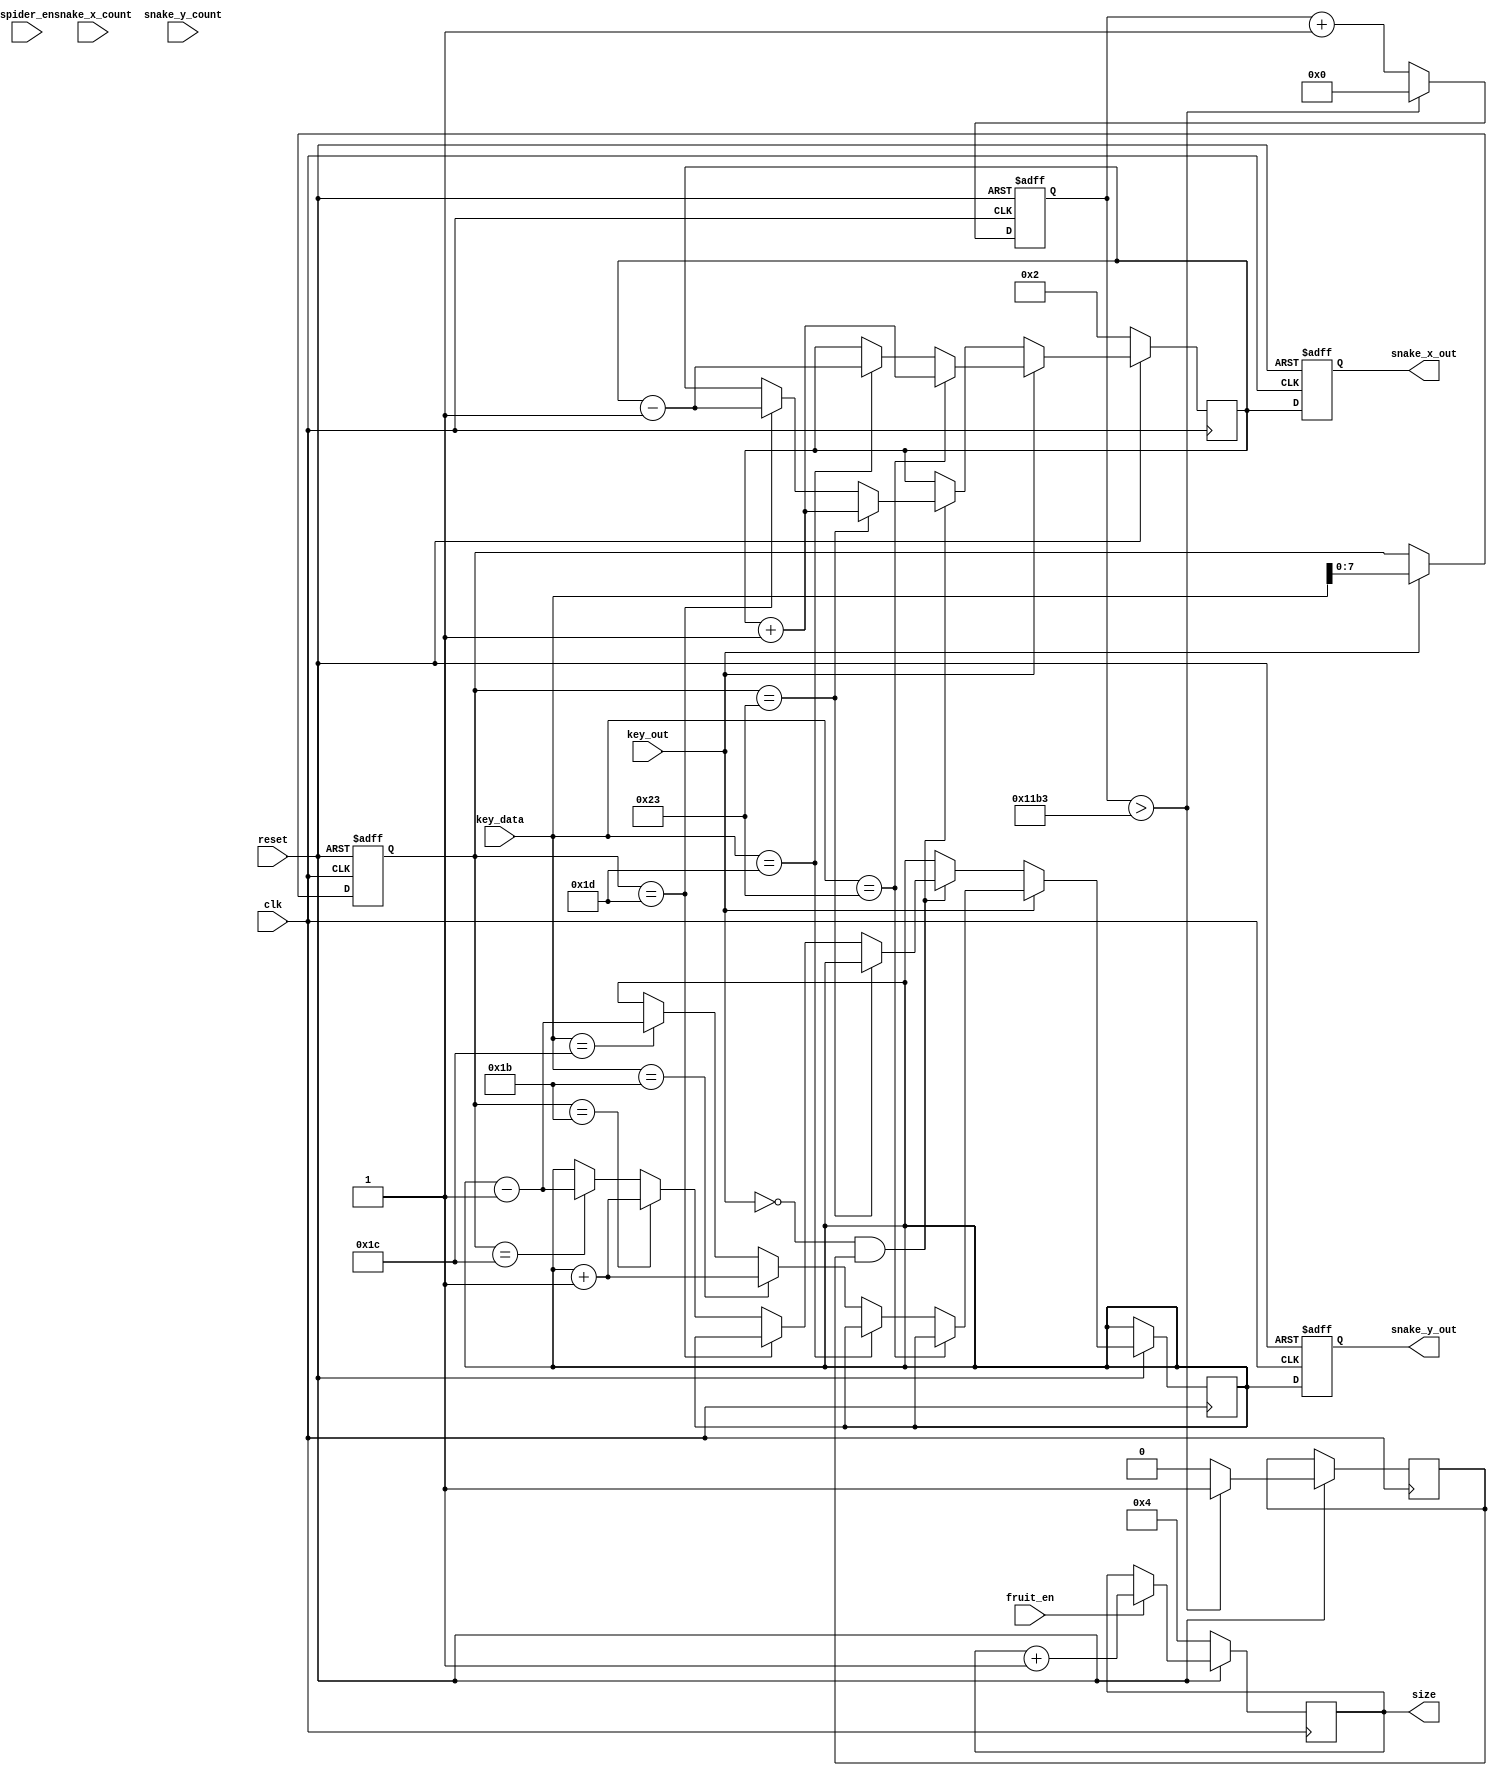
module snake_datapath(clk, reset, key_out, key_data, snake_x_count, snake_y_count, snake_x_out, snake_y_out, fruit_en, spider_en, size);
	//clk_9kHz
	input clk, reset, key_out, fruit_en, spider_en;
	input [15:0] key_data;
	input [11:0] snake_x_count, snake_y_count;
	output [11:0] snake_x_out, snake_y_out;
	output [3:0] size;

	wire clk, reset, key_out, eat;
	//wire [7:0] key_data;
	wire [11:0] snake_x_count, snake_y_count;
	//wire [7:0] key_data;
	reg [11:0] snake_head_x, snake_head_y;
	reg [11:0] x1, x2, x3, x4, x5, x6, x7, x8, x9, x10, x11, x12, x13, x14;
	reg [11:0] y1, y2, y3, y4, y5, y6, y7, y8, y9, y10, y11, y12, y13, y14;
	//reg [11:0] snake_x_out, snake_y_out;
	reg [3:0] size;
	reg [11:0] snake_x_out, snake_y_out;
	
	reg speed;
	reg [12:0] speed_count;
	reg [7:0] pre_data;
	
	parameter left = 8'h1D;
	parameter up = 8'h1B;
	parameter right = 8'h23;
	parameter down = 8'h1C;
	//parameter esc = 8'h76;
	//parameter enter = 8'h5A;
	 
	//add food datapath function for eat
	always@(negedge clk) 
	begin
		if (reset == 1'b0)
		begin
			size <= 4'd4;
		end 
		else 
		begin 
		//eat enable
			if (fruit_en == 1'b1)
				size <= size + 4'd1;
			else
				size <= size;
		end
	end
	
		//collides with spider
	/*always@(posedge clk)
	begin
		if (reset == 1'b0)
		begin
			snake_x_out <= 12'd2;
			snake_y_out <= 12'd238;
		end
		else 
		begin
			if (spider_en == 1'b1)
			begin
				snake_x_out <= 12'd500;
				snake_y_out <= 12'd500;
			end
		end
	end*/

	always@(posedge clk) 
	begin
		if (reset == 1'b0) 
			snake_head_y <= 12'd150;
		else if (snake_y_count - y1 >= 12'd0 && snake_y_count - y1 <= 12'd200)
			snake_head_y <= snake_y_count - y1;
		else
			snake_head_y <= 12'd150;
	end
	
	always@(posedge clk) 
	begin
		if (reset == 1'b0) 
			snake_head_x <= 12'd2;
		else if (snake_x_count - x1 >= 12'd0 && snake_x_count - x1 <= 12'd200)
			snake_head_x <= snake_x_count - x1;
		else
			snake_head_x <= 12'd2;
	end
	
	//initialize reg [6:0] x1, x2, x3, x4, x5, x6, x7;
	//initialize reg [6:0] y1, y2, y3, y4, y5, y6, y7;

	initial
	begin
	//initial position
		x1 <= 12'd2;
		y1 <= 12'd150;
		x2 <= 12'd3;
		y2 <= 12'd150;
		x3 <= 12'd4;
		y3 <= 12'd150;
		x4 <= 12'd5;
		y4 <= 12'd150;
		x5 <= 12'd500;
		y5 <= 12'd500;
		x6 <= 12'd500;
		y6 <= 12'd500;
		x7 <= 12'd500;
		y7 <= 12'd500;
		x8 <= 12'd500;
		y8 <= 12'd500;
		x9 <= 12'd500;
		y9 <= 12'd500;
		x10 <= 12'd500;
		y10 <= 12'd500;
		x11 <= 12'd500;
		y11 <= 12'd500;
		x12 <= 12'd500;
		y12 <= 12'd500;
		x13 <= 12'd500;
		y13 <= 12'd500;
		x14 <= 12'd500;
		y14 <= 12'd500;
	end
	
	always@(posedge clk or negedge reset) //9khzclk_9kHz
	begin
		if (reset == 1'b0)
			speed_count <= 13'd0;
		else 
		begin
			if (speed_count > 13'd4531)
			begin
				speed_count <= 13'd0;
				speed <= 1'b1;
			end
			else 
			begin
				speed_count <= speed_count + 13'd1;
				speed <= 1'b0;
			end
		end
	end
	
	always@(posedge clk or negedge reset)
	begin
		if (reset == 1'b0)
			pre_data <= right;
		else 
		begin
			if (key_out == 1'b1)
				pre_data <= key_data;
			else
				pre_data <= pre_data;
		end
	end 
	
	always@(posedge clk)//9kHz
	begin 
		if(reset == 1'b0)
		begin
			x1 <= 12'd2;
		end 
		else 
		begin
			if (key_out == 1'b1)
			begin
				if (key_data == right)
					x1 <= x1 + 12'd1;
				else if (key_data == left)
					x1 <= x1 - 12'd1;
				else if (key_data == up)
					y1 <= y1 + 12'd1;
				else if (key_data == down)
					y1 <= y1 - 12'd1;
			end
			
			else if (key_out == 1'b0 && speed == 1'b1)
			begin
				if (pre_data == right)
					x1 <= x1 + 12'd1;
				else if (pre_data == left)
					x1 <= x1 - 12'd1;
				else if (pre_data == up)
					y1 <= y1 + 12'd1;
				else if (pre_data == down)
					y1 <= y1 - 12'd1;
			end
		end
	end
	
	//12'd500 signals game over --> add to the fsm
	always@(posedge clk or negedge reset)
	begin
		if (reset == 1'b0)
		begin 
			snake_x_out <= 12'd2;
			snake_y_out <= 12'd150;
		end
		//hits wall
		//x = 0 or x = 319
		//y = 0 or y = 239
		/*else if ((snake_x_out <= 12'd0 && snake_y_out <= 12'd0) || (snake_x_out <= 12'd0 && snake_y_out >= 12'd239) || 
			(snake_x_out >= 12'd319 && snake_y_out >= 12'd0) || (snake_x_out >= 12'd319 && snake_y_out >= 12'd239))
		begin
			snake_x_out <= 12'd500;
			snake_y_out <= 12'd500;
			//lose game
		//snake head collides with body
		end 
		//collides with spider
		else if (spider_en == 1'b1)
			begin
				snake_x_out <= 12'd500;
				snake_y_out <= 12'd500;
				//reset == 1'b0;
			end
		else if ((x1 == x2 && y1 == y2) || (x1 == x3 && y1 == y3) || (x1 == x4 && y1 == y4) || (x1 == x5 && y1 == y5) || (x1 == x6 && y1 == y6) || 
			(x1 == x7) && (y1 == y7) || (x1 == x8) && (y1 == y8) || (x1 == x9) && (y1 == y9) || (x1 == x10) && (y1 == y10) || (x1 == x11) && (y1 == y11) || 
			(x1 == x12) && (y1 == y12) || (x1 == x13) && (y1 == y13) || (x1 == x14) && (y1 == y14))
		begin
			snake_x_out <= 12'd500;
			snake_y_out <= 12'd500;
			//lose game
		end*/
		else 
		begin
			snake_x_out <= x1;
			snake_y_out <= y1;
		end
	end
	
	always@(posedge clk)
	begin
		if(x1 != snake_x_out || y1 != snake_y_out)
		begin
			if (size >= 4'd14)
			begin
				x14 <= x13;
				y14 <= y13;
				x13 <= x12;
				y13 <= y12;
				x12 <= x11;
				y12 <= y11;
				x11 <= x10;
				y11 <= y10;
				x10 <= x9;
				y10 <= y9;
				x9 <= x8;
				y9 <= y8;
				x8 <= x7;
				y8 <= y7;
				x7 <= x6;
				y7 <= y6;
				x6 <= x5;
				y6 <= y5;
			end
			else if (size >= 4'd13)
			begin
				x13 <= x12;
				y13 <= y12;
				x12 <= x11;
				y12 <= y11;
				x11 <= x10;
				y11 <= y10;
				x10 <= x9;
				y10 <= y9;
				x9 <= x8;
				y9 <= y8;
				x8 <= x7;
				y8 <= y7;
				x7 <= x6;
				y7 <= y6;
				x6 <= x5;
				y6 <= y5;
			end
			else if (size >= 4'd12)
			begin
				x12 <= x11;
				y12 <= y11;
				x11 <= x10;
				y11 <= y10;
				x10 <= x9;
				y10 <= y9;
				x9 <= x8;
				y9 <= y8;
				x8 <= x7;
				y8 <= y7;
				x7 <= x6;
				y7 <= y6;
				x6 <= x5;
				y6 <= y5;
			end
			else if (size >= 4'd11)
			begin
				x11 <= x10;
				y11 <= y10;
				x10 <= x9;
				y10 <= y9;
				x9 <= x8;
				y9 <= y8;
				x8 <= x7;
				y8 <= y7;
				x7 <= x6;
				y7 <= y6;
				x6 <= x5;
				y6 <= y5;
			end
			else if (size >= 4'd10)
			begin
				x10 <= x9;
				y10 <= y9;
				x9 <= x8;
				y9 <= y8;
				x8 <= x7;
				y8 <= y7;
				x7 <= x6;
				y7 <= y6;
				x6 <= x5;
				y6 <= y5;
			end
			else if (size >= 4'd9)
			begin
				x9 <= x8;
				y9 <= y8;
				x8 <= x7;
				y8 <= y7;
				x7 <= x6;
				y7 <= y6;
				x6 <= x5;
				y6 <= y5;
			end
			else if (size >= 4'd8)
			begin
				x8 <= x7;
				y8 <= y7;
				x7 <= x6;
				y7 <= y6;
				x6 <= x5;
				y6 <= y5;
			end
			else if (size >= 4'd7)
			begin
				x7 <= x6;
				y7 <= y6;
				x6 <= x5;
				y6 <= y5;
			end
			else if (size >= 4'd6)
			begin
				x6 <= x5;
				y6 <= y5;
				x5 <= x4;
				y5 <= y4;
			end
			else if (size >= 4'd5)
			begin
				x5 <= x4;
				y5 <= y4;
			end
			else 
			begin
				x14 <= x14;
				y14 <= y14;
				x13 <= x13;
				y13 <= y13;
				x12 <= x12;
				y12 <= y12;
				x11 <= x11;
				y11 <= y11;
				x10 <= x10;
				y10 <= y10;
				x9 <= x9;
				y9 <= y9;
				x8 <= x8;
				y8 <= y8;
				x7 <= x7;
				y7 <= y7;
				x6 <= x6;
				y6 <= y6;
				x5 <= x5;
				y5 <= y5;
			end
		end
	end
	
	always@(posedge clk or negedge reset) //or negedge reset
	begin
		if (reset == 1'b0)
		begin
			x2 <= 12'd2;
			x3 <= 12'd3;
			x4 <= 12'd4;
			
			y2 <= 12'd150;
			y3 <= 12'd150;
			y4 <= 12'd150;
		end
		else if (x1 != snake_x_out || y1 != snake_y_out)
		begin
			x2 <= snake_x_out;
			x3 <= x2;
			x4 <= x3;
			y2 <= snake_y_out;
			y3 <= y2;
			y4 <= y3;
		end
	end
 
endmodule